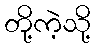
တို့ကဲ့သို့